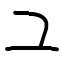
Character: ユ